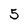
Character: 5